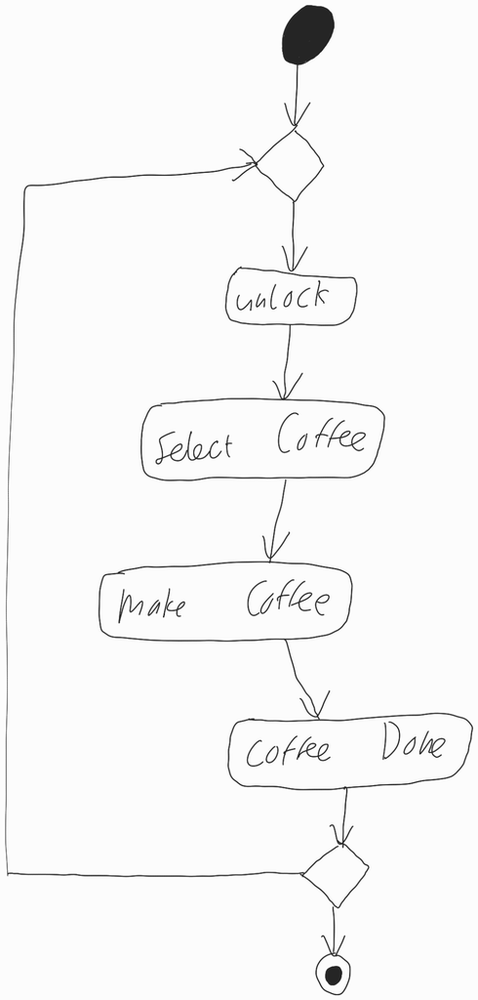
Diagram type: activity_diagram
```plantuml
@startuml

start

repeat
  :unlock;
  :Select Coffee;
  :make Coffee;
  :Coffee Done;
repeat while

stop

@enduml
```